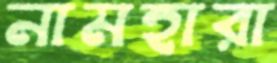
নামহারা